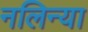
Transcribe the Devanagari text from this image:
नलिन्या